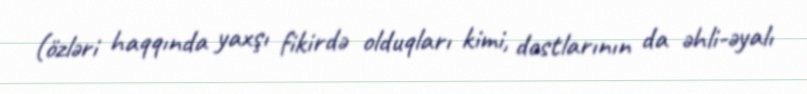
(özləri haqqında yaxşı fikirdə olduqları kimi, dostlarının da əhli-əyalı